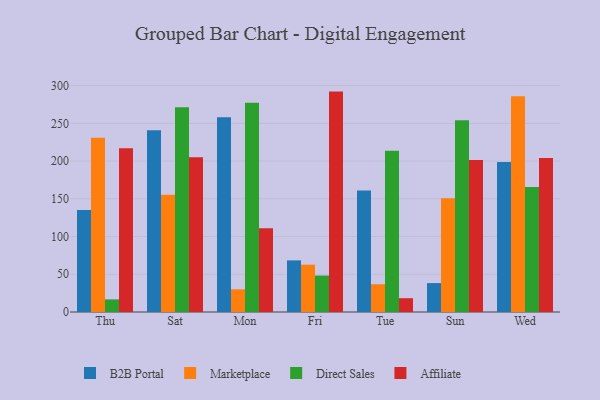
{"axis": {"x": "Day", "y": "Latency (ms)"}, "legend": ["Affiliate", "B2B Portal", "Direct Sales", "Marketplace"], "data": [{"x": "Thu", "y": 135.2, "type": "B2B Portal"}, {"x": "Thu", "y": 230.9, "type": "Marketplace"}, {"x": "Thu", "y": 16.7, "type": "Direct Sales"}, {"x": "Thu", "y": 216.9, "type": "Affiliate"}, {"x": "Sat", "y": 240.9, "type": "B2B Portal"}, {"x": "Sat", "y": 155.5, "type": "Marketplace"}, {"x": "Sat", "y": 271.3, "type": "Direct Sales"}, {"x": "Sat", "y": 205.1, "type": "Affiliate"}, {"x": "Mon", "y": 258.0, "type": "B2B Portal"}, {"x": "Mon", "y": 30.1, "type": "Marketplace"}, {"x": "Mon", "y": 277.3, "type": "Direct Sales"}, {"x": "Mon", "y": 111.1, "type": "Affiliate"}, {"x": "Fri", "y": 68.4, "type": "B2B Portal"}, {"x": "Fri", "y": 62.7, "type": "Marketplace"}, {"x": "Fri", "y": 48.3, "type": "Direct Sales"}, {"x": "Fri", "y": 292.0, "type": "Affiliate"}, {"x": "Tue", "y": 161.0, "type": "B2B Portal"}, {"x": "Tue", "y": 36.8, "type": "Marketplace"}, {"x": "Tue", "y": 213.7, "type": "Direct Sales"}, {"x": "Tue", "y": 18.3, "type": "Affiliate"}, {"x": "Sun", "y": 38.3, "type": "B2B Portal"}, {"x": "Sun", "y": 150.8, "type": "Marketplace"}, {"x": "Sun", "y": 253.9, "type": "Direct Sales"}, {"x": "Sun", "y": 201.4, "type": "Affiliate"}, {"x": "Wed", "y": 198.8, "type": "B2B Portal"}, {"x": "Wed", "y": 286.0, "type": "Marketplace"}, {"x": "Wed", "y": 165.5, "type": "Direct Sales"}, {"x": "Wed", "y": 203.9, "type": "Affiliate"}]}